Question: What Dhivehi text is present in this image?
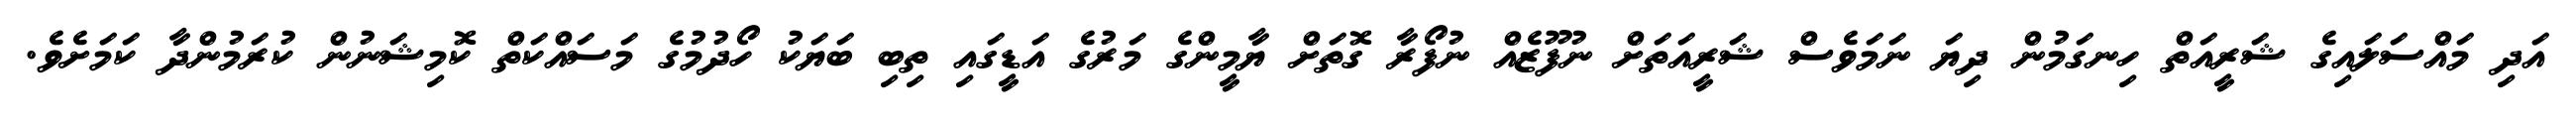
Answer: އަދި މައްސަލައިގެ ޝަރީއަތް ހިނގަމުން ދިޔަ ނަމަވެސް ޝަރީއަތަށް ނުފޫޒެއް ނުފޯރާ ގޮތަށް ޔާމީންގެ މަރުގެ އަޑީގައި ތިބި ބަޔަކު ހޯދުމުގެ މަސައްކަތް ކޮމިޝަނުން ކުރަމުންދާ ކަމަށެވެ.